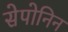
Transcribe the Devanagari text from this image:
सेपोनिन